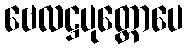
ဗေလဋ္ဌပုတ္တောပေ